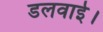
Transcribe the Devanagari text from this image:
डलवाई।